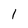
Character: 1